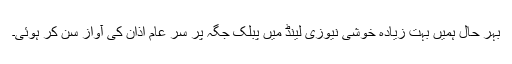
بہر حال ہمیں بہت زیادہ خوشی نیوزی لینڈ میں پبلک جگہ پر سر عام اذان کی آواز سن کر ہوئی۔